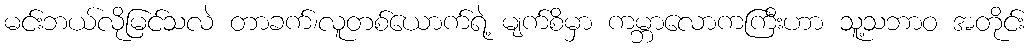
မင်းဘယ်လိုမြင်သလဲ တာခက်၊လူတစ်ယောက်ရဲ့ မျက်စိမှာ ကမ္ဘာလောကကြီးဟာ သူ့သဘာဝ အတိုင်း